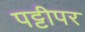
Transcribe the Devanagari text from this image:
पट्टीपर